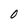
Character: O